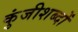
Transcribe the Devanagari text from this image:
कुंजीशब्दों